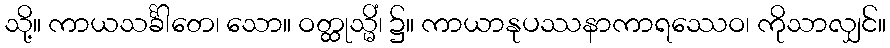
သို့။ ကာယသင်္ခါတေ၊ သော။ ဝတ္ထုသ္မိံ၊ ၌။ ကာယာနုပဿနာကာရဿေဝ၊ ကိုသာလျှင်။